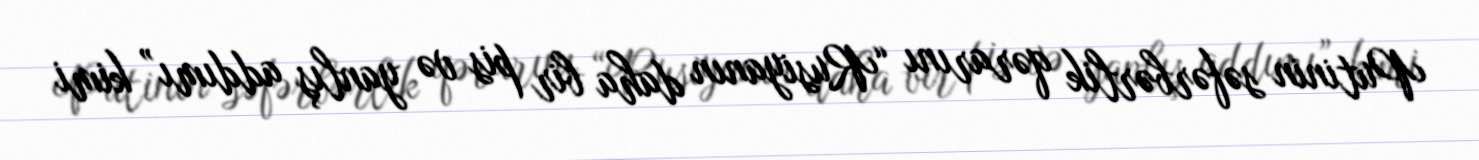
Putinin səfərbərlik qərarını “Rusiyanın daha bir pis və yanlış addımı” kimi